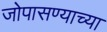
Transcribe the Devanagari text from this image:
जोपासण्याच्या